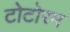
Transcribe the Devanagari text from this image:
टोटोरम